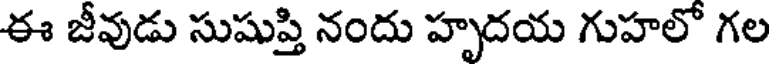
ఈ జీవుడు సుషుప్తి నందు హృదయ గుహలో గల